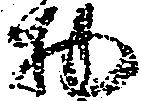
物